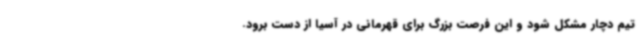
تیم دچار مشکل شود و این فرصت بزرگ برای قهرمانی در آسیا از دست برود.